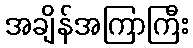
အချိန်အကြာကြီး